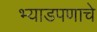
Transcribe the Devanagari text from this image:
भ्याडपणाचे